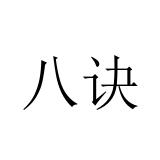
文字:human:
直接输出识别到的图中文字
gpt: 八诀